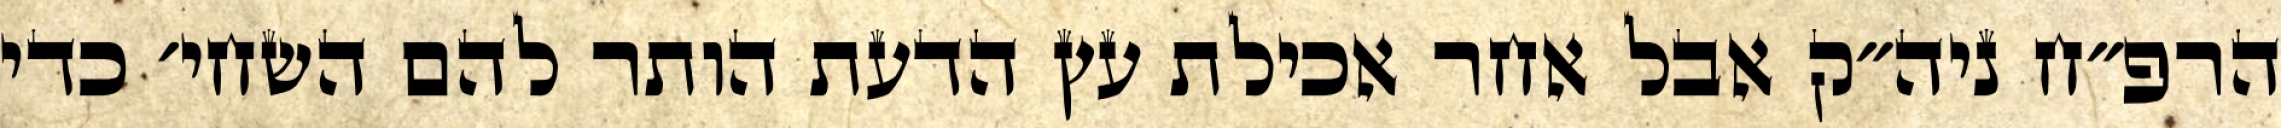
הרפ״ח ניה״ק אבל אחר אכילת עץ הדעת הותר להם השחי׳ כדי